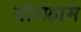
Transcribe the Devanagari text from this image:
वोल्फ्राम